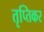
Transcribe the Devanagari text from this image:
तृप्तिकर